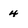
Character: 4